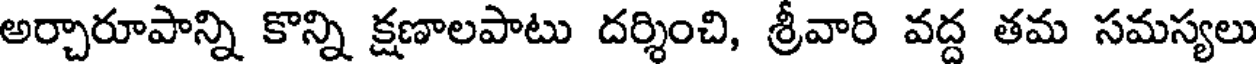
అర్చారూపాన్ని కొన్ని క్షణాలపాటు దర్శించి, శ్రీవారి వద్ద తమ సమస్యలు